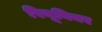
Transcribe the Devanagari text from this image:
रिनूवियर